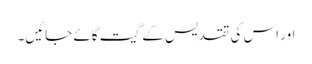
اور اس کی تقدیس کے گیت گائے جائیں۔